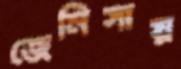
জেনিসায়